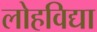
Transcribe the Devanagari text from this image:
लोहविद्या